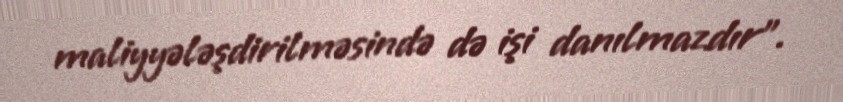
maliyyələşdirilməsində də işi danılmazdır".